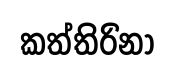
කත්තිරිනා